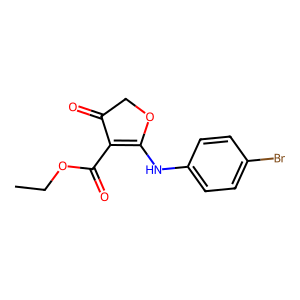
SMILES: CCOC(=O)C1=C(Nc2ccc(Br)cc2)OCC1=O
Inhibits HIV replication: No